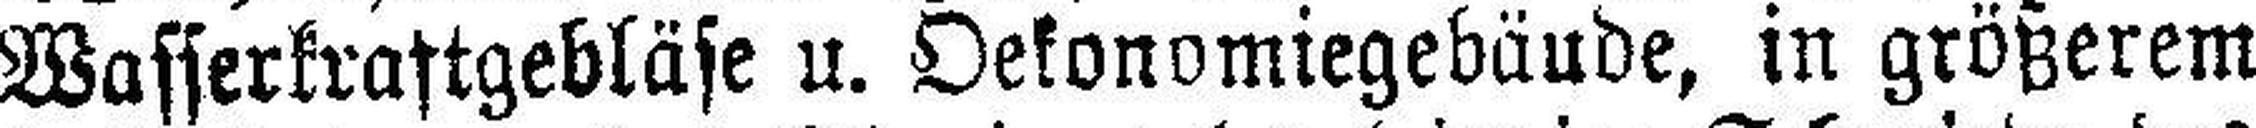
Wasserkraftgebläse u. Oekonomiegebäude, in größerem